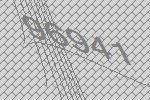
96941